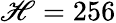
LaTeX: \mathscr{H}=256